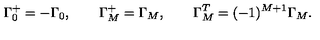
\Gamma _ { 0 } ^ { + } = - \Gamma _ { 0 } , \qquad \Gamma _ { M } ^ { + } = \Gamma _ { M } , \qquad \Gamma _ { M } ^ { T } = ( - 1 ) ^ { M + 1 } \Gamma _ { M } .